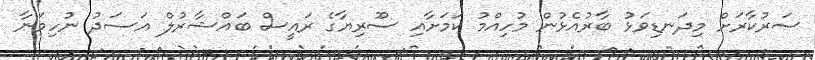
ސަރުކާރަށް މިދަނޑިވަޅު ބާރުއެޅުން މުހިއްމު ކަމަށާއި ސޫރިޔާގެ ރައީސް ބައްޝާރުލް އަސަދު ނުހިމަނާ